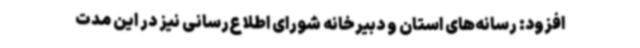
افزود: رسانه‌های استان و دبیرخانه شورای اطلاع‌رسانی نیز در این مدت